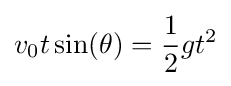
v_{0}t\sin(\theta )={\frac {1}{2}}gt^{2}